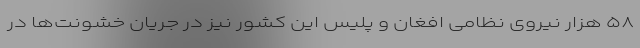
۵۸ هزار نیروی نظامی افغان و پلیس این کشور نیز در جریان خشونت‌ها در